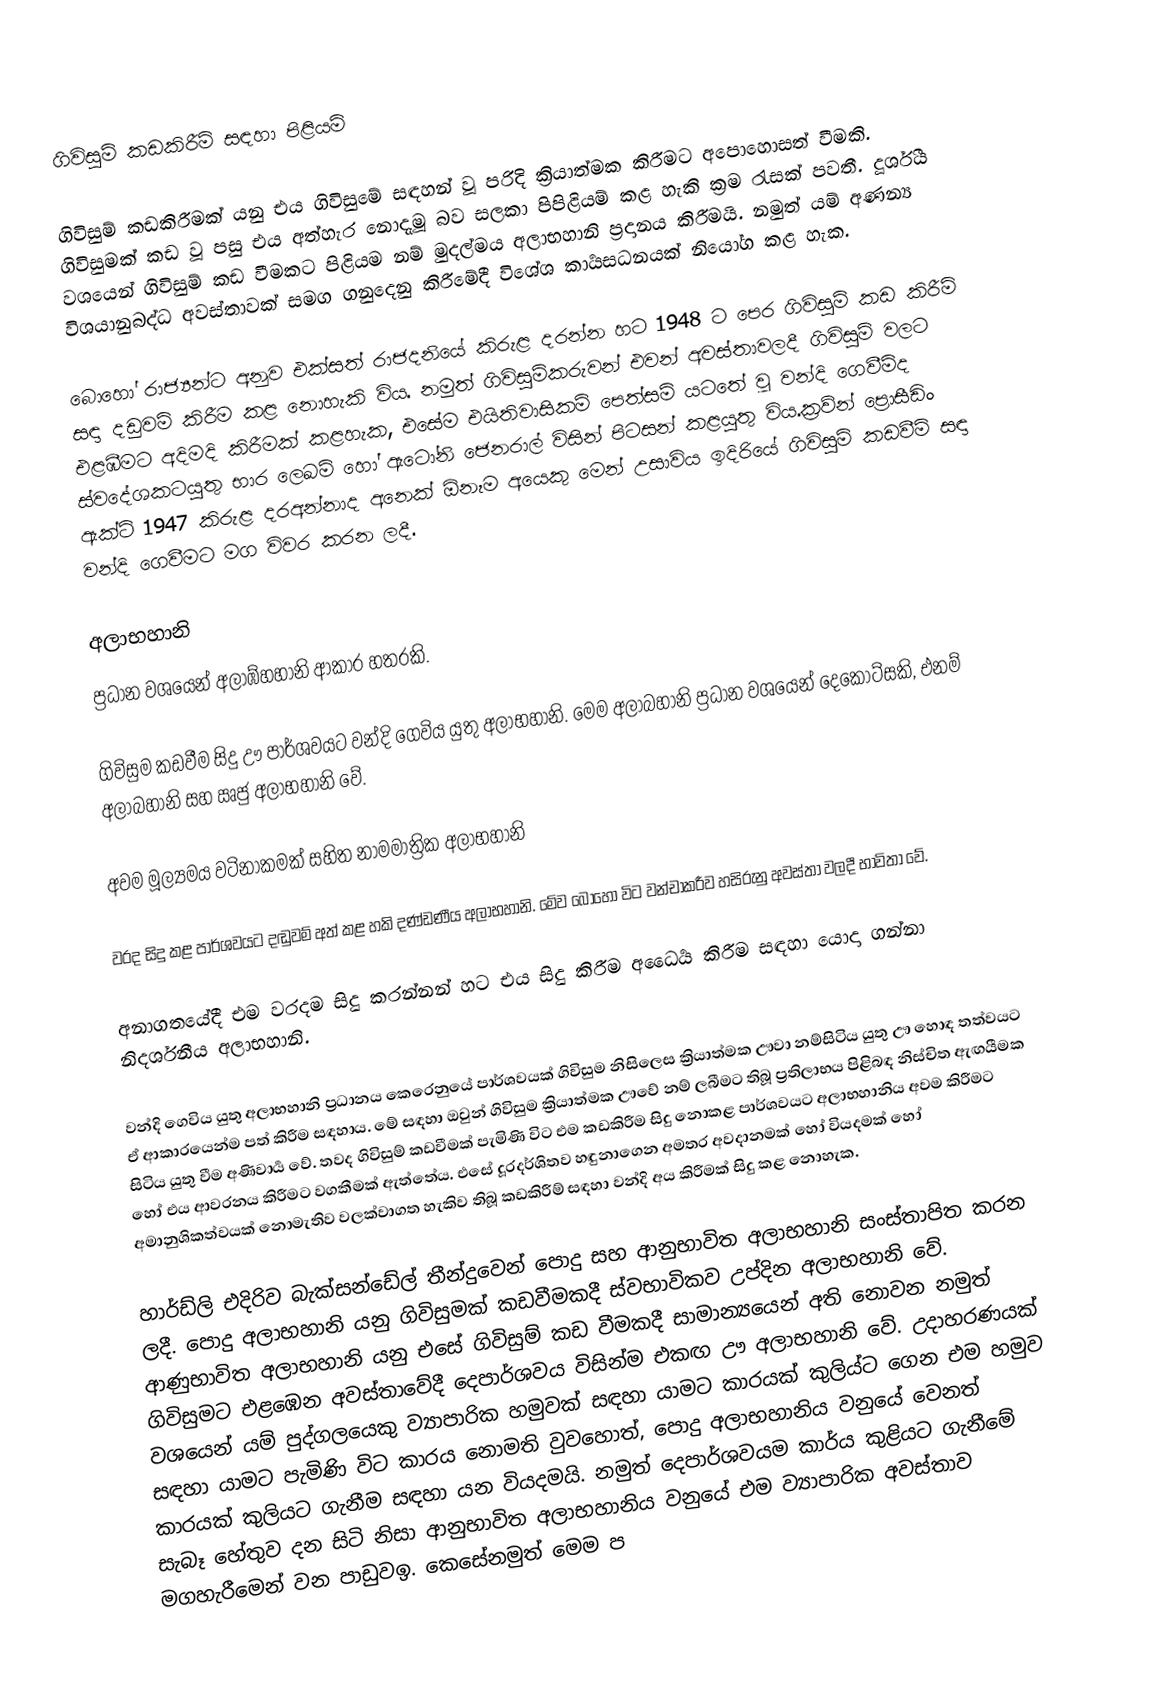
ගිවිසුම් කඩකිරීම් සඳහා පිළියම්

ගිවිසුම් කඩකිරීමක් යනු එය ගිවිසුමේ සඳහන් වූ පරිදි  ක්‍රියාත්මක කිරීමට අපොහොසත් වීමකි. ගිවිසුමක් කඩ වූ පසු එය අත්හැර නොදැමූ බව සලකා පිපිළියම් කළ හැකි ක්‍රම රැසක් පවතී. දූර්ශීය වශයෙන් ගිවිසුම් කඩ වීමකට පිළියම නම් මුදල්මය අලාභහානි ප්‍රදානය කිරීමයි. නමුත් යම් අණන්‍ය විශයානුබද්ධ අවස්තාවක් සමග ගනුදෙනු කිරීමේදී විශේශ කාර්‍යසධනයක් නියෝග කළ හැක.

බොහෝ රාජ්‍යන්ට අනුව එක්සත් රාජදනියේ කිරුළ දරන්න හට 1948 ට පෙර ගිවිසුම් කඩ කිරීම් සඳා දඩුවම් කිරීම කළ නොහැකි විය. නමුත් ගිවිසුම්කරුවන් එවන් අවස්තාවලදී ගිවිසුම් වලට එළඹීමට අදිමදි කිරීමක් කළහැක, එසේම එයිතිවාසිකම් පෙත්සම් යටතේ වූ වන්දි ගෙවීම්ද ස්වදේශකටයුතු භාර ලෙඛම් හෝ ඇටෝනි ජෙනරාල් විසින් පිටසන් කළයුතු විය.ක්‍රව්න් ප්‍රොසීඩිං ඇක්ට් 1947 කිරුළ දරඅන්නාද අනෙක් ඕනෑම අයෙකු මෙන්  උසාවිය ඉදිරියේ ගිවිසුම් කඩවීම් සඳා වන්දි ගෙවීමට මග විවර කරන ලදී.

අලාභහානි
ප්‍රධාන වශයෙන් අලාඹ්හහානි ආකාර හතරකි.

 ගිවිසුම කඩවීම සිදු ඌ පාර්ශවයට වන්දි  ගෙවිය යුතු අලාභහානි. මෙම අලාබහානි ප්‍රධාන වශයෙන් දෙකොට්සකි, එනම් අලාබහානි සහ ඍජු අලාභහානි වේ.

 අවම මූල්‍යමය වටිනාකමක් සහිත නාමමාත්‍රික අලාභහානි

 වරද සිදු කළ පාර්ශවයට දඬුවම් අත් කළ හකි දණ්ඩණීය අලාභහානි. මේව බොහෝ විට වන්චාකරීව හසිරුනු අවස්තා වලදී භාවිතා වේ.

 අනාගතයේදී එම වරදම සිදු කරන්නන් හට එය සිදු කිරීම අධෛර්‍ය කිරීම සඳහා යොදා ගන්නා නිදර්ශනීය අලාභහානි.

වන්දි  ගෙවිය යුතු අලාභහානි ප්‍රධානය කෙරෙනුයේ පාර්ශවයක් ගිවිසුම නිසිලෙස ක්‍රියාත්මක ඌවා නම්සිටිය යුතු ඌ හොඳ තත්වයට ඒ ආකාරයෙන්ම පත් කිරීම සඳහාය. මේ සඳහා ඔවුන් ගිවිසුම ක්‍රියාත්මක ඌවේ නම් ලබීමට තිබූ ප්‍රතිලාභය පිළිබඳ නිස්චිත ඇඟයීමක සිටිය යුතු වීම අණිවාර්‍ය වේ.  තවද ගිවිසුම් කඩවීමක් පැමිණි විට එම කඩකිරීම සිදු නොකළ පාර්ශවයට අලාභහානිය අවම කිරීමට හෝ එය ආවරනය කිරීමට වගකීමක් ඇත්තේය. එසේ දූරදර්ශිතව හඳුනාගෙන අමතර අවදානමක් හෝ වියදමක් හෝ අමානුශිකත්වයක් නොමැතිව වලක්වාගත හැකිව තිබූ කඩකිරීම් සඳහා වන්දි අය කිරීමක් සිදු කළ නොහැක.

හාර්ඩ්ලි එදිරිව බැක්සන්ඩේල් තීන්දුවෙන් පොදු සහ ආනුභාවිත අලාභහානි සංස්තාපිත කරන ලදී. පොදු අලාභහානි යනු ගිවිසුමක් කඩවීමකදී ස්වභාවිකව උප්දින අලාභහානි වේ. ආණුභාවිත අලාභහානි යනු එසේ ගිවිසුම් කඩ වීමකදී සාමාන්‍යයෙන් අති නොවන නමුත් ගිවිසුමට එළඹෙන අවස්තාවේදී දෙපාර්ශවය විසින්ම එකඟ ඌ අලාභහානි වේ. උදාහරණයක් වශයෙන් යම් පුද්ගලයෙකු ව්‍යාපාරික හමුවක් සඳහා යාමට කාරයක් කුලිය්ට ගෙන එම හමුව සඳහා යාමට පැමිණි විට කාරය නොමති වුවහොත්, පොදු අලාභහානිය වනුයේ වෙනත් කාරයක් කුලියට ගැනීම සඳහා යන වියදමයි. නමුත් දෙපාර්ශවයම කාර්ය කුළියට ගැනීමේ සැබෑ හේතුව දන සිටි නිසා ආනුභාවිත අලාභහානිය වනුයේ එම ව්‍යාපාරික අවස්තාව මගහැරීමෙන් වන පාඩුවඉ. කෙසේනමුත් මෙම ප